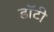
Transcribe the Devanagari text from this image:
डॉटी